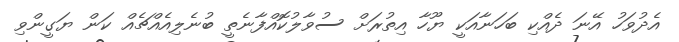
އެދުވަހު އޭނަ ދެއްކި ބަހަނާއަކީ ޔޫހާ އިތުރަށް ސުވާލުކޮއްފާނެތީ ބުނެލިއެއްޗެއް ކަން ޔަގީންވި